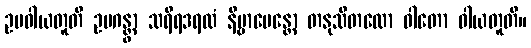
ဥပဝါယတူတိ ဥပဂန္တွာ သရီရဒရထံ နိဗ္ဗာပေန္တော တနုသီတလော ဝါတော ဝါယတူတိ။